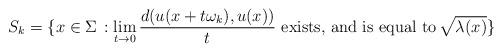
LaTeX: \begin{align*} S_k=\{ x \in \Sigma \, : \lim_{t \rightarrow 0} \frac{ d(u(x+t\omega_k), u(x))}{t} \mbox{ exists, and is equal to}\, \sqrt{\lambda(x)} \}\end{align*}